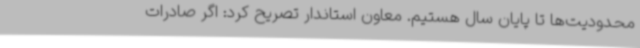
محدودیت‌ها تا پایان سال هستیم. معاون استاندار تصریح کرد: اگر صادرات